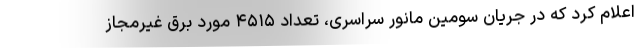
اعلام کرد که در جریان سومین مانور سراسری، تعداد ۴۵۱۵ مورد برق غیرمجاز